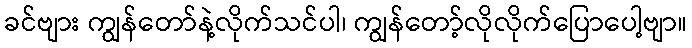
ခင်ဗျား ကျွန်တော်နဲ့လိုက်သင်ပါ၊ ကျွန်တော့်လိုလိုက်ပြောပေါ့ဗျာ။